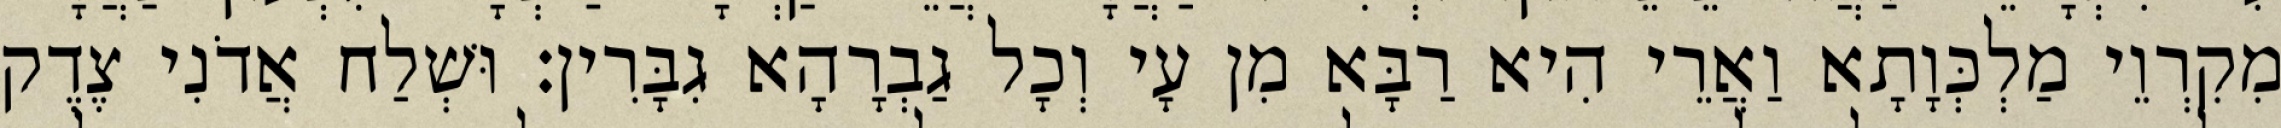
מִקִרְוֵי מַלְכְּוָתָא וַאֲרֵי הִיא רַבָּא מִן עָי וְכָל גַבְרָהָא גִבָּרִין׃ וּשְׁלַח אֲדֹנִי צֶדֶק